Lunatic asylums in Bengal annual reports 1899-1911 - 1899-1911
Year: 1899
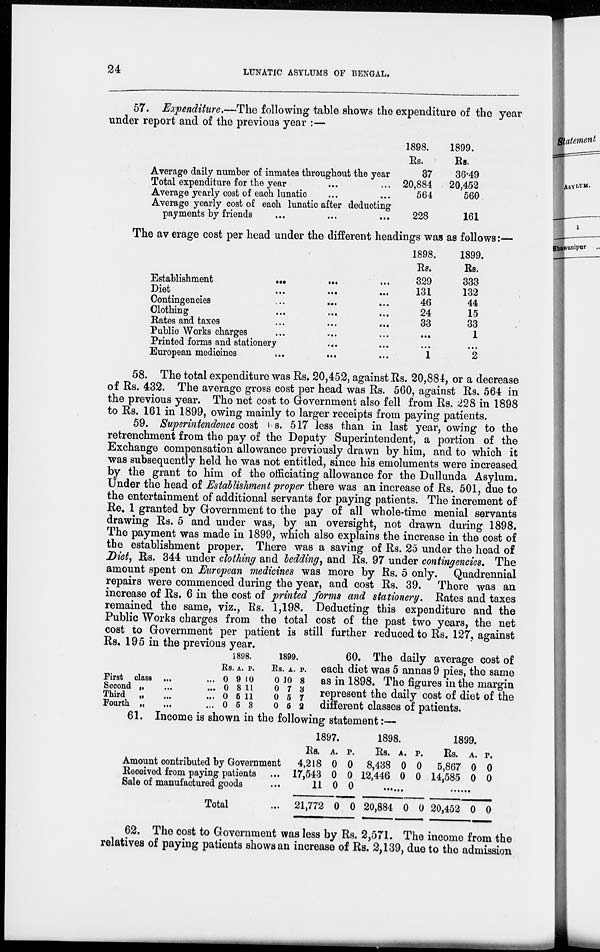
24
LUNATIC ASYLUMS OF BENGAL.
57. Expenditure.—The following table shows the expenditure of the year
under report and of the previous year :—
Average daily number of inmates throughout the year
Total expenditure for the year ... ...
Average yearly cost of each lunatic ... ...
Average yearly cost of each lunatic after deducting
payments by friends ... ... ...
1898.
Rs.
37
20,884
564
228
1899.
Rs.
36.49
20,452
560
161
The average cost per head under the different headings was as follows:—
Establishment
...
...
...
Diet
...
...
...
Contingencies ... ... ...
Clothing
...
...
...
Rates and taxes
...
...
...
Public Works charges ... ... ...
Printed forms and stationery ... ...
European medicines ... ... ...
1898.
Rs.
329
131
46
24
33
...
...
1
1899.
Rs.
333
132
44
15
33
1
...
2
58. The total expenditure was Rs. 20,452, against Rs. 20,884, or a decrease
of Rs. 432. The average gross cost per head was Rs. 560, against Rs. 564 in
the previous year. The net cost to Government also fell from Rs. 228 in 1898
to Rs. 161 in 1899, owing mainly to larger receipts from paying patients.
59. Superintendence cost Rs. 517 less than in last year, owing to the
retrenchment from the pay of the Deputy Superintendent, a portion of the
Exchange compensation allowance previously drawn by him, and to which it
was subsequently held he was not entitled, since his emoluments were increased
by the grant to him of the officiating allowance for the Dullunda Asylum.
Under the head of Establishment proper there was an increase of Rs. 501, due to
the entertainment of additional servants for paying patients. The increment of
Re. 1 granted by Government to the pay of all whole-time menial servants
drawing Rs. 5 and under was, by an oversight, not drawn during 1898.
The payment was made in 1899, which also explains the increase in the cost of
the establishment proper. There was a saving of Rs. 25 under the head of
Diet, Rs. 344 under clothing and bedding, and Rs. 97 under contingencies. The
amount spent on European medicines was more by Rs. 5 only. Quadrennial
repairs were commenced during the year, and cost Rs. 39. There was an
increase of Rs. 6 in the cost of printed forms and stationery. Rates and taxes
remained the same, viz., Rs. 1,198. Deducting this expenditure and the
Public Works charges from the total cost of the past two years, the net
cost to Government per patient is still further reduced to Rs. 127, against
Rs. 195 in the previous year.
First class ... ...
Second „ ... ...
Third „ ... ...
Fourth „ ... ...
1898.
Rs.
0
0
0
0
A.
9
8
5
5
P.
10
11
11
3
1899.
Rs.
0
0
0
0
A.
10
7
5
5
P.
8
3
7
2
60. The daily average cost of
each diet was 5 annas 9 pies, the same
as in 1898. The figures in the margin
represent the daily cost of diet of the
different classes of patients.
61. Income is shown in the following statement:—
Amount contributed by Government
Received from paying patients ...
Sale of manufactured goods ...
Total ...
1897.
Rs.
4,218
17,543
11
21,772
A.
0
0
0
0
P.
0
0
0
0
1898.
Rs.
8,438
12,446
A.
0
0
P.
0
0
......
20,884 0 0
1899.
Rs.
5,867
14,585
A.
0
0
P.
0
0
......
20,452 0 0
62. The cost to Government was less by Rs. 2,571. The income from the
relatives of paying patients shows an increase of Rs. 2,139, due to the admission